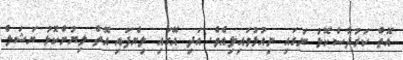
އޮތް ކަރުދާސްކޮޅު ނަގައި ނިއުޅުވައިލިއެވެ. އަދި އޭގައި ލިޔެފައި އޮތް ލިޔުންކޮޅު ޔަޝަލް